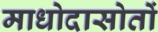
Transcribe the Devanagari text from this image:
माधोदासोतों